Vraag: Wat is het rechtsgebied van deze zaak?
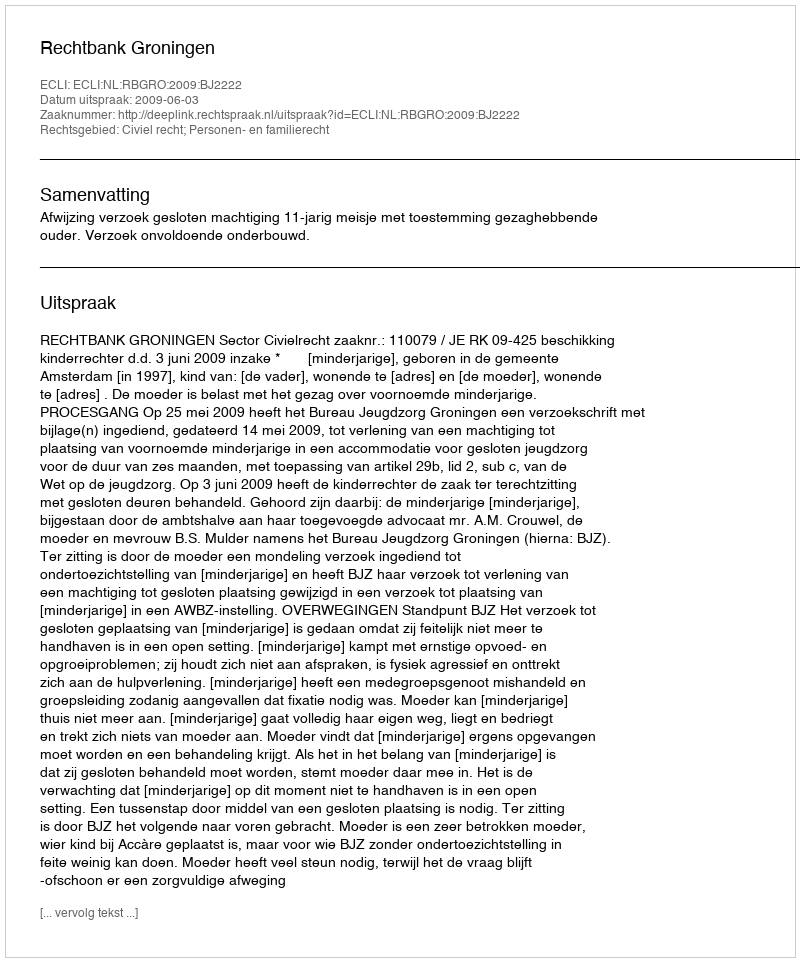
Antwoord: Civiel recht; Personen- en familierecht